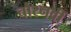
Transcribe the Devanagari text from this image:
चौरनवीं